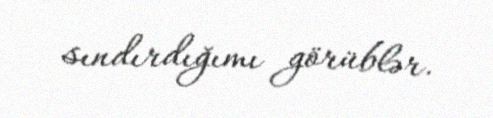
sındırdığımı görüblər.